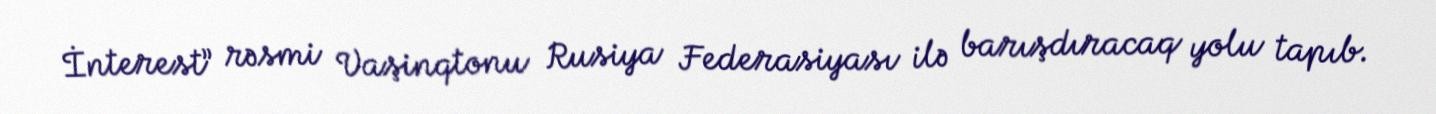
İnterest” rəsmi Vaşinqtonu Rusiya Federasiyası ilə barışdıracaq yolu tapıb.